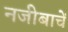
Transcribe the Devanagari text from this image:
नजीबाचें